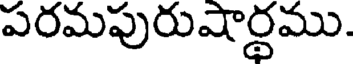
పరమపురుషార్థము.